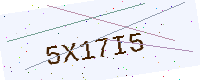
Text: 5X17I5